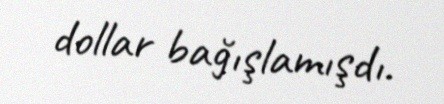
dollar bağışlamışdı.